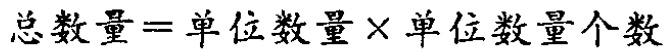
总数量=单位数量×单位数量个数